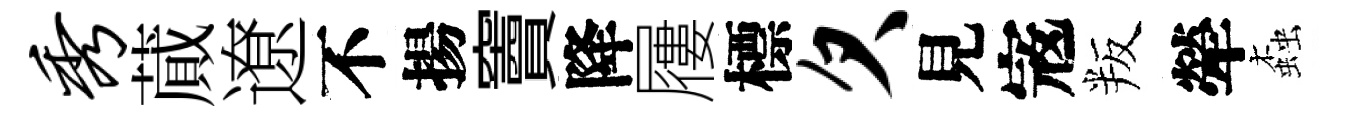
秀蕆遼不揚竇降屨標欠見𡨥叛犖螙